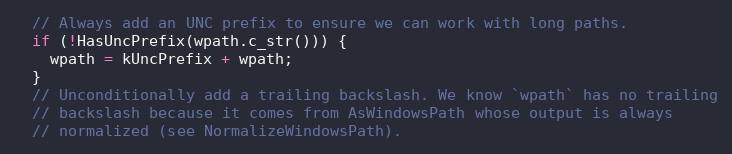
Language: C++
  // Always add an UNC prefix to ensure we can work with long paths.
  if (!HasUncPrefix(wpath.c_str())) {
    wpath = kUncPrefix + wpath;
  }
  // Unconditionally add a trailing backslash. We know `wpath` has no trailing
  // backslash because it comes from AsWindowsPath whose output is always
  // normalized (see NormalizeWindowsPath).